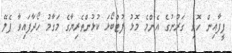
ފީފާއިން ހޮވި ގަރުނުގެ އެންމެ މޮޅު ފުޓްބޯޅަ ކުޅުންތެރިޔާގެ މަގާމު ހޯދާފައިވާ ޕެލޭ